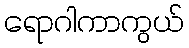
ရောဂါကာကွယ်